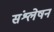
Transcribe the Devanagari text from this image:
संश्लेषन